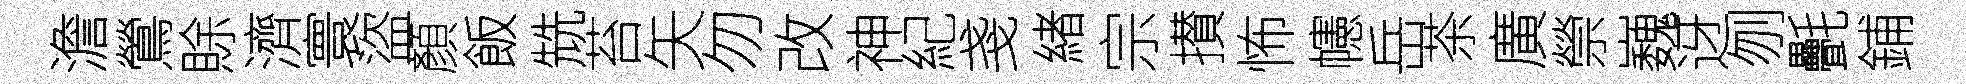
澹鶯賖濟寰盜顏飯兟苔矢勿改神紀戔緖宗攅怖幰岳茶廣禜巍迓刎㲲鋪